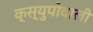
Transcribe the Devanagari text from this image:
क्स्युपोवाली